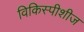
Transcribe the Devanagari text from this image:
विकिस्पीशीज